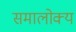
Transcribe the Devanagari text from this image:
समालोक्य